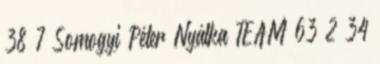
38 7 Somogyi Péter Nyálka TEAM 63 2 34